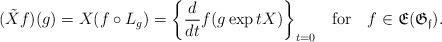
LaTeX: \begin{align*}(\tilde{X}f)(g) = X(f\circ L_g) = \bigg\{\frac{d}{dt}f(g\exp tX)\bigg\}_{t = 0} ~~\mbox{ for }~~ f\in\mathfrak{E}(\mathfrak{G_f}).\end{align*}